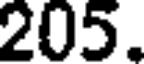
205.